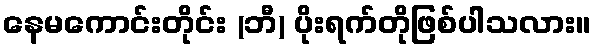
နေမကောင်းတိုင်း (ဘီ) ပိုးရက်တိုဖြစ်ပါသလား။